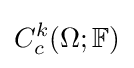
C_{c}^{k}(\Omega ;\mathbb {F} )